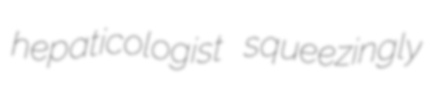
hepaticologist squeezingly